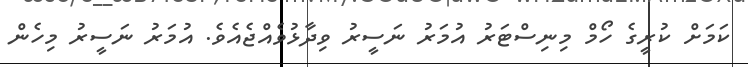
ކަމަށް ކުރީގެ ހޯމް މިނިސްޓަރު އުމަރު ނަސީރު ވިދާޅުވެއްޖެއެވެ. އުމަރު ނަސީރު މިހެން